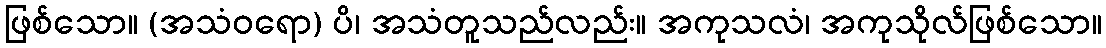
ဖြစ်သော။ (အသံဝရော) ပိ၊ အသံတူသည်လည်း။ အကုသလံ၊ အကုသိုလ်ဖြစ်သော။